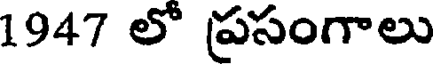
1947 లో ప్రసంగాలు